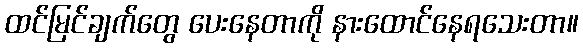
ထင်မြင်ချက်တွေ ပေးနေတာကို နားထောင်နေရသေးတာ။